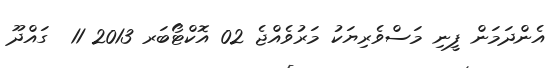
އެންދަމަން ފީނި މަސްވެރިޔަކު މަރުވެއްޖެ 02 އޮކްޓޯބަރ 2013 11  ގައްދޫ